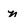
Character: n